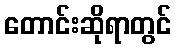
တောင်းဆိုရာတွင်